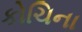
કોચિના